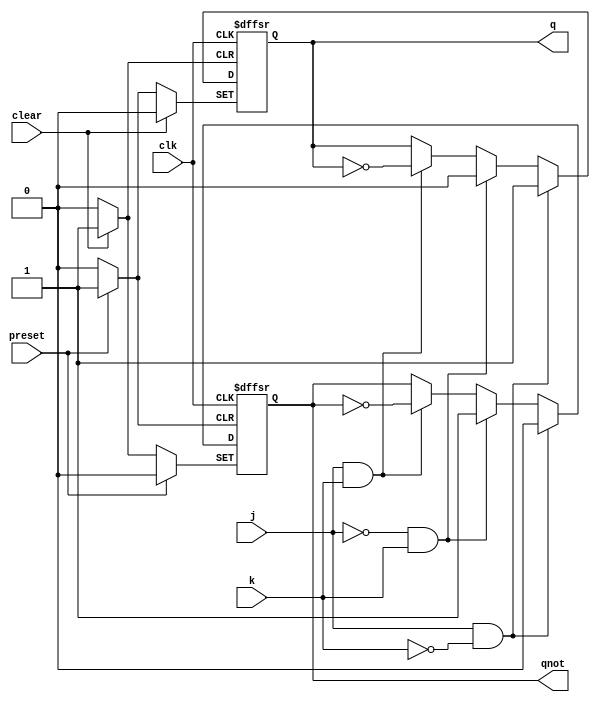
/**
    821811 
    Felipe Rivetti Mizher
    Questo_4
*/

module jkff(output reg q, 
            output reg qnot,
            input j, 
            input k,
            input clk, 
            input preset, 
            input clear);

    always @(posedge clk or posedge preset or posedge clear) 
    begin
        if(clear) 
        begin
            q <= 0; 
            qnot <= 1;
        end 
        else if(preset) 
        begin
            q <= 1; 
            qnot <= 0;
        end 
        else if(j & ~k) 
        begin
            q <= 1; 
            qnot <= 0;
        end 
        else if(~j & k) 
        begin
            q <= 0; 
            qnot <= 1;
        end 
        else if(j & k) 
        begin
            q <= ~q; 
            qnot <= ~qnot;
        end
    end
endmodule // jkff

module contador_decadico_decresc(output [3:0] count,
                                 input clk,
                                 input clear);

    wire [3:0] qnot;
    wire rst;

    assign rst = clear | (~count[3] & ~count[2] & ~count[1] & ~count[0]);

    jkff jk1(count[0], qnot[0], 1'b1, 1'b1, clk, 1'b0, rst);
    jkff jk2(count[1], qnot[1], 1'b1, 1'b1, qnot[0], 1'b0, rst);
    jkff jk3(count[2], qnot[2], 1'b1, 1'b1, qnot[1], 1'b0, rst);
    jkff jk4(count[3], qnot[3], 1'b1, 1'b1, qnot[2], 1'b0, rst);

endmodule // contador_decadico_decresc

module teste_contador;
    reg clk = 0;
    reg clear;
    wire [3:0] count;

    contador_decadico_decresc c1(count, clk, clear);

    always #5 clk = ~clk;

    initial begin
        $display("Contador decrescente decadico");
        $monitor("%b", count);

        clear = 1;
        #10 clear = 0;
        #200;
        $finish;
    end
endmodule // teste_contador